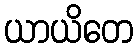
ယာယိတေ